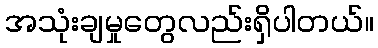
အသုံးချမှုတွေလည်းရှိပါတယ်။